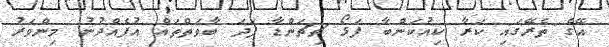
އޭގެ ތެރޭގައި ކަރާ ކިއުކަންބާ ފަޅޯ ޗިޗަންޑާ ފަދަ ބާވަތްތައް އުފެއްދުނު މިންވަރު